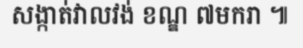
សង្កាត់វាលវង់ ខណ្ឌ ៧មករា ៕